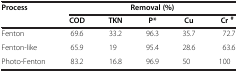
| <ROWSPAN=2> Process | <COLSPAN=5> Removal (%) |
 | COD | TKN | P* | Cu | Cr# |
 | --- | --- | --- | --- | --- | --- |
 | Fenton | 69.6 | 33.2 | 96.3 | 35.7 | 72.7 |
 | Fenton-like | 65.9 | 19 | 95.4 | 28.6 | 63.6 |
 | Photo-Fenton | 83.2 | 16.8 | 96.9 | 50 | 100 |